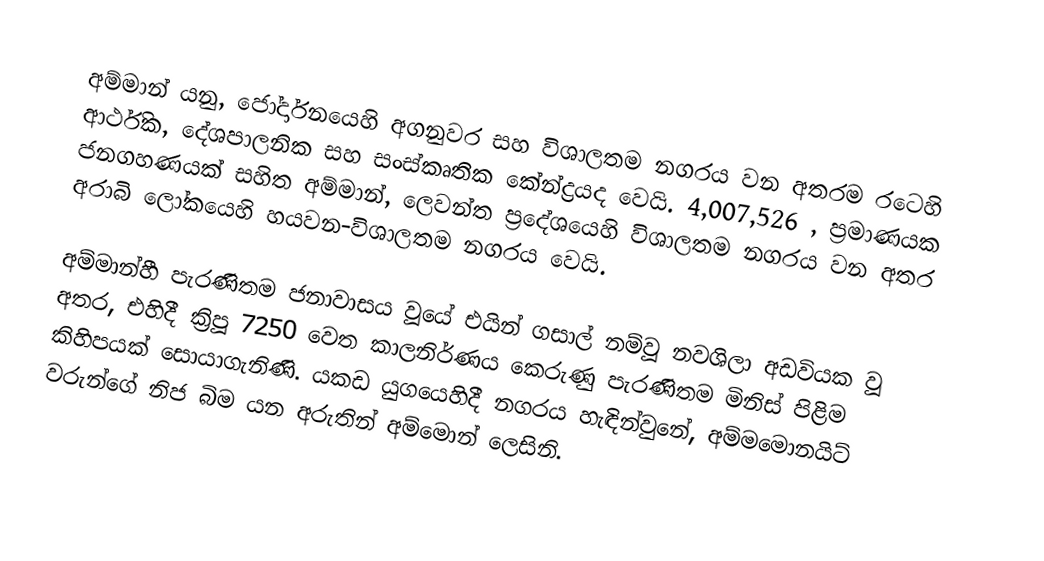
අම්මාන් යනු, ජෝර්දානයෙහි  අගනුවර සහ විශාලතම නගරය වන අතරම රටෙහි ආර්ථික, දේශපාලනික සහ සංස්කෘතික කේන්ද්‍රයද වෙයි. 4,007,526 , ප්‍රමාණයක ජනගහණයක් සහිත අම්මාන්,  ලෙවන්ත ප්‍රදේශයෙහි විශාලතම නගරය වන අතර අරාබි ලෝකයෙහි හයවන-විශාලතම නගරය වෙයි.

අම්මාන්හී පැරණිතම ජනාවාසය වූයේ එයින් ගසාල් නම්වූ නවශිලා අඩවියක වූ අතර, එහිදී ක්‍රිපූ 7250 වෙත කාලනිර්ණය කෙරුණු පැරණිතම මිනිස් පිළිම කිහිපයක් සොයාගැනිණි. යකඩ යුගයෙහිදී නගරය හැඳින්වුනේ, අම්මමොනයිට් වරුන්ගේ නිජ බිම යන අරුතින් අම්මොන් ලෙසිනි.